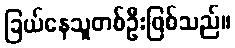
ခြယ်နေသူတစ်ဦးဖြစ်သည်။